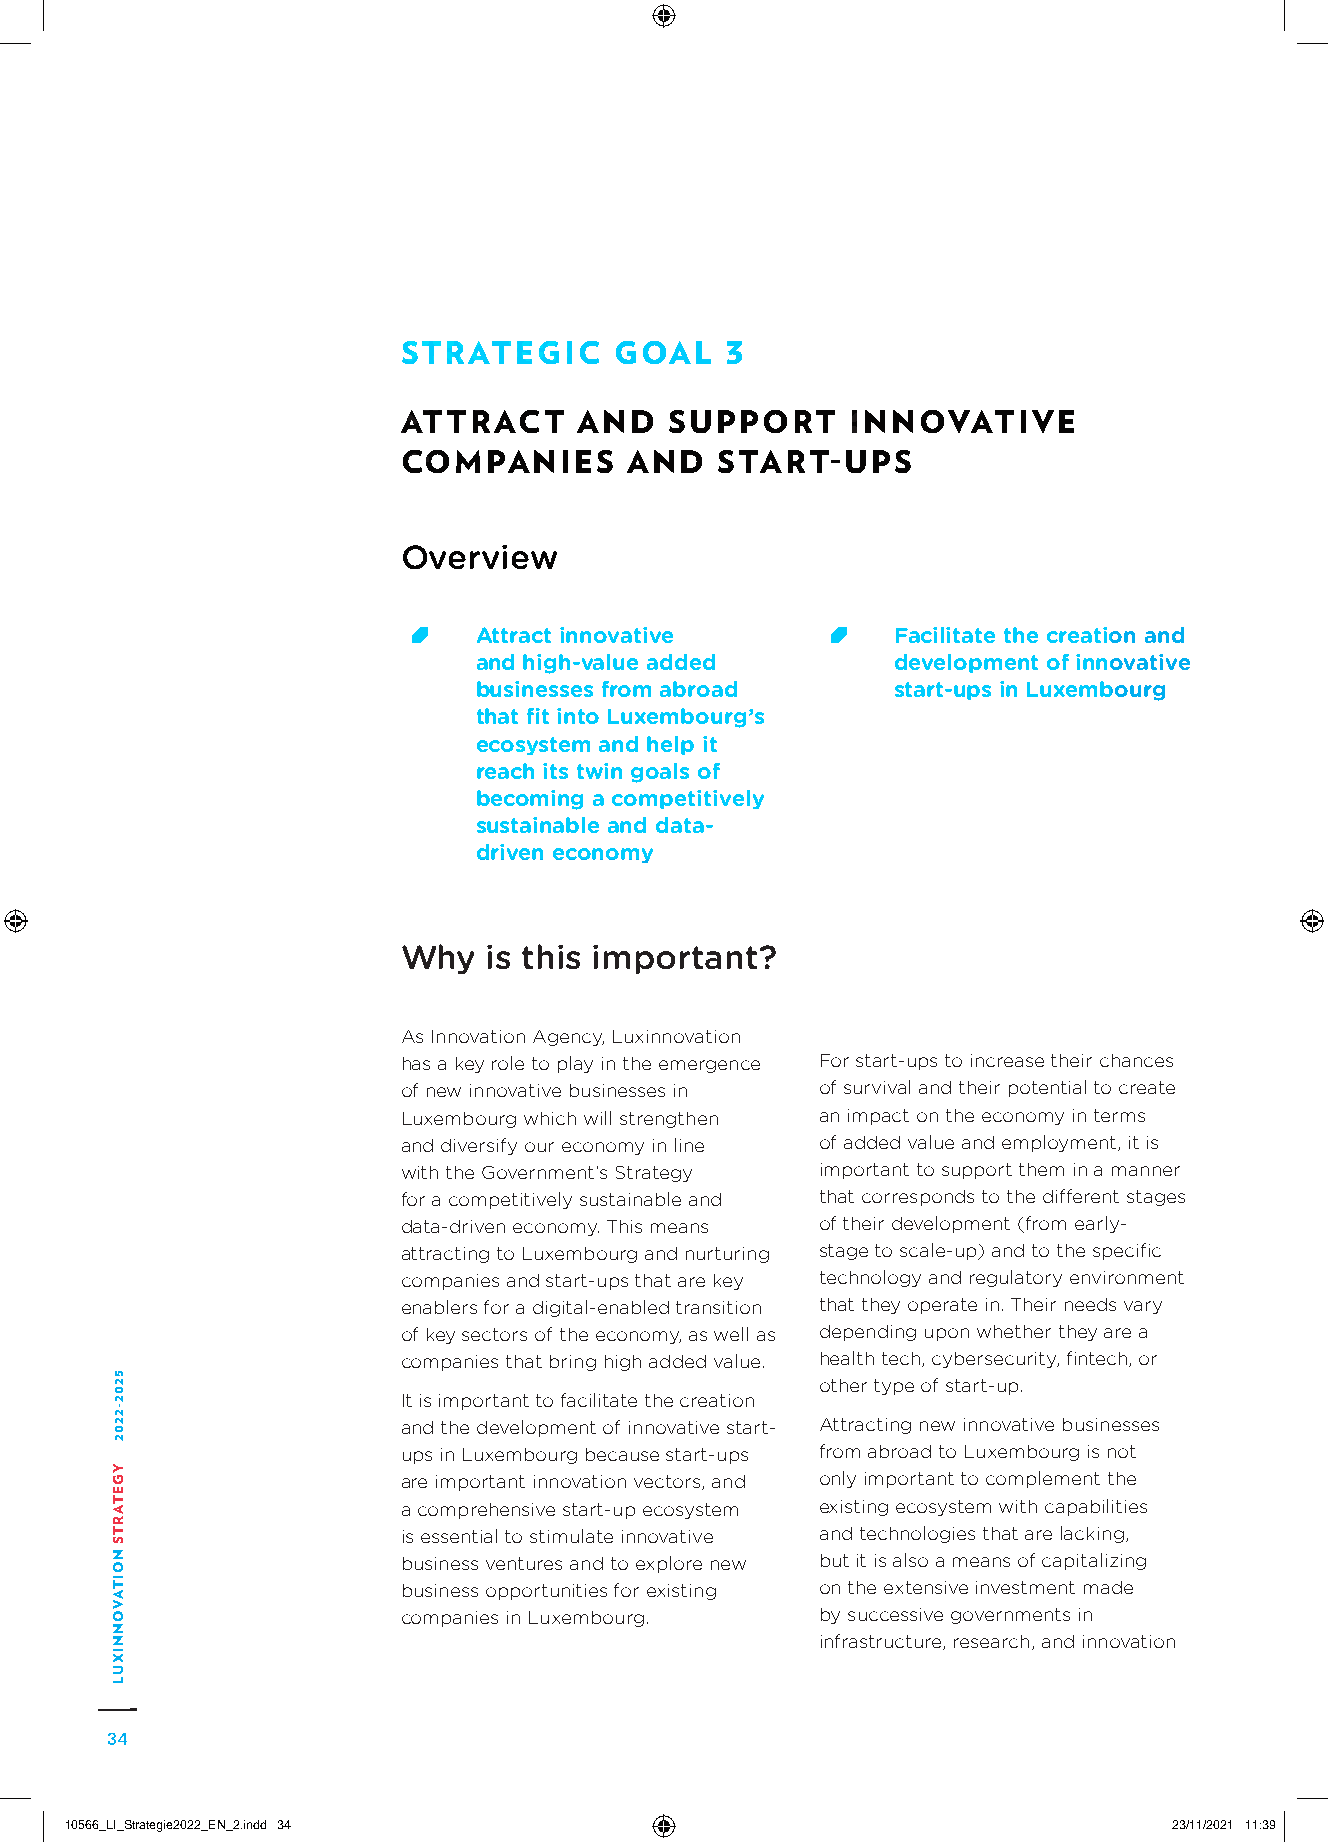
STRATEGIC     GOAL   3
 ATTRACT    AND   SUPPORT     INNOVATIVE
 COMPANIES      AND   START-UPS
 Overview
 A ttract innovative         Facilitate the creation and
 and high-value added        development of innovative
 businesses from abroad      start-ups in Luxembourg
 that fit into Luxembourg’s
 ecosystem and help it
 reach its twin goals of
 becoming a competitively
 sustainable and data-
 driven economy
 Why  is this important?
 As Innovation Agency, Luxinnovation
 has a key role to play in the emergence For start-ups to increase their chances
 of new innovative businesses in of survival and their potential to create
 Luxembourg which will strengthen an impact on the economy in terms
 and diversify our economy in line of added value and employment, it is
 with the Government’s Strategy important to support them in a manner
 for a competitively sustainable and that corresponds to the different stages
 data-driven economy. This means of their development (from early-
 attracting to Luxembourg and nurturing stage to scale-up) and to the specific
 companies and start-ups that are key technology and regulatory environment
 enablers for a digital-enabled transition that they operate in. Their needs vary
 of key sectors of the economy, as well as depending upon whether they are a
 companies that bring high added value. health tech, cybersecurity, fintech, or
 other type of start-up.
 It is important to facilitate the creation
 and the development of innovative start- Attracting new innovative businesses
 ups in Luxembourg because start-ups from abroad to Luxembourg is not
 are important innovation vectors, and only important to complement the
 a comprehensive start-up ecosystem existing ecosystem with capabilities
 is essential to stimulate innovative and technologies that are lacking,
 business ventures and to explore new but it is also a means of capitalizing
 business opportunities for existing on the extensive investment made
 companies in Luxembourg.   by successive governments in
 infrastructure, research, and innovation
 34
 1100556666__LLII__SSttrraatteeggiiee22002222__EENN__22..iinndddd 3344     2233//1111//22002211 1111::3399
 5202-2202
 YGETARTS
 NOITAVONNIXUL